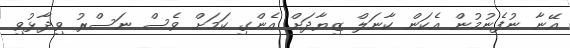
އޭނާ ނުފެނުމުން އެކަން ކާނަލް ޒިޔާދަށް އެންގި ކަމަށް ވެސް ނަސްރު ވިދާޅުވި